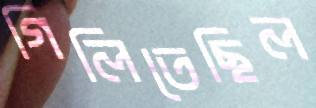
গিলিতেছিল